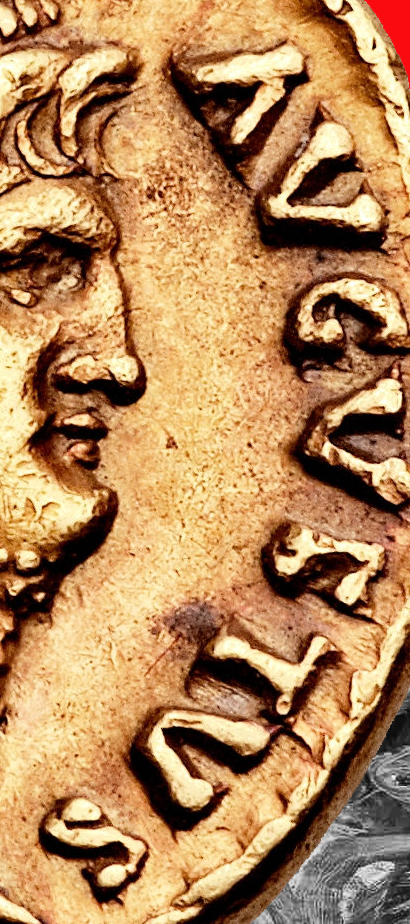
AVGVITVS